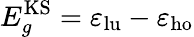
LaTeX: E_{g}^{\mathrm{KS}}=\varepsilon_{\mathrm{lu}}-\varepsilon_{\mathrm{ho}}